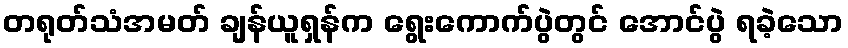
တရုတ်သံအမတ် ချန်ယူရှန်က ရွေးကောက်ပွဲတွင် အောင်ပွဲ ရခဲ့သော